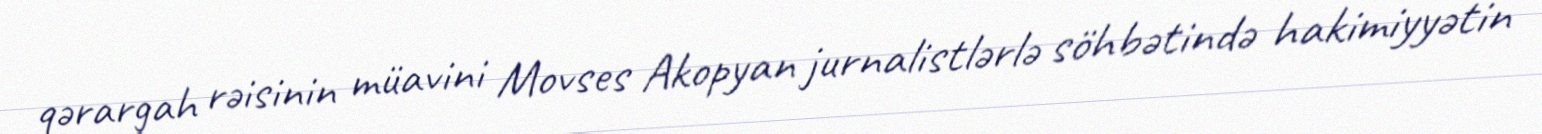
qərargah rəisinin müavini Movses Akopyan jurnalistlərlə söhbətində hakimiyyətin